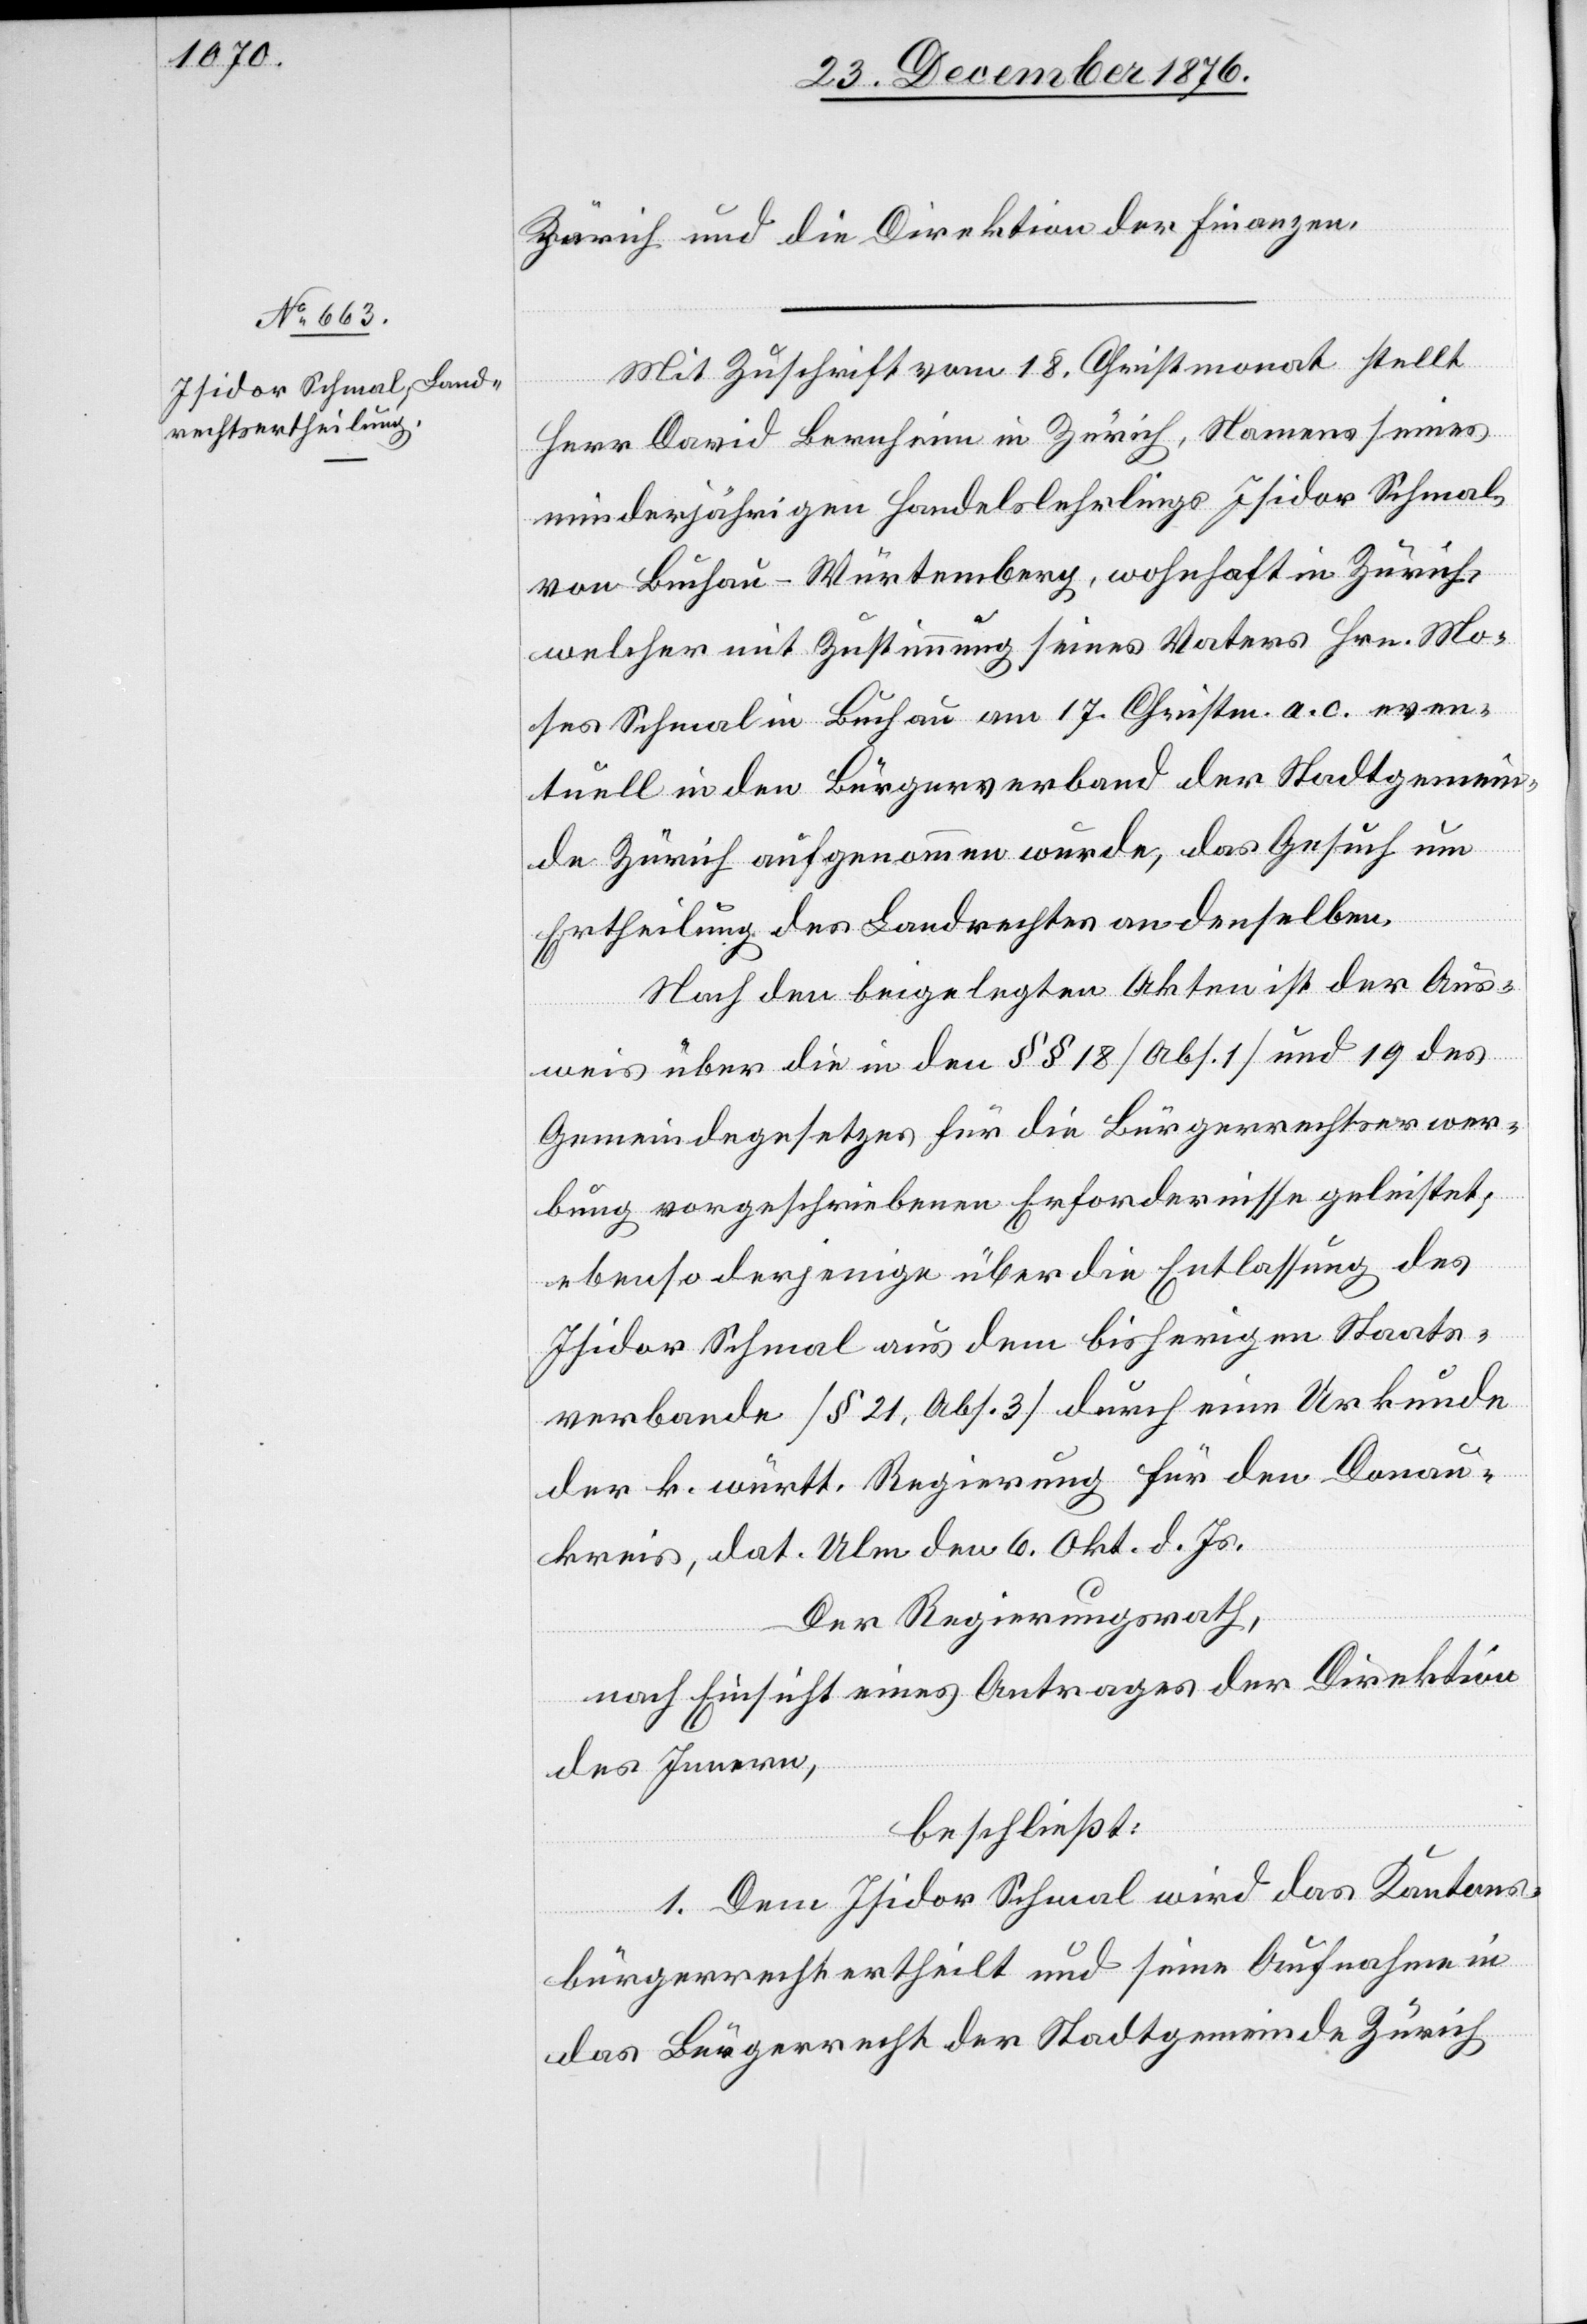
Zürich und die Direktion der Finanzen.
Mit Zuschrift vom 18. Christmonat stellt
Herr David Bernheim in Zürich, Namens seines
minderjährigen Handelslehrlings Isidor Schmal,
von Buchau - Württemberg, wohnhaft in Zürich,
welcher mit Zustimmung seines Vaters Hrn. Mo¬
ser Schmal in Buchau am 17. Christm. a. c. even¬
tuell in den Bürgerverband der Stadtgemein¬
de Zürich aufgenommen wurde, das Gesuch um
Ertheilung des Landrechtes an denselben,
Nach den beigelegten Akten ist der Aus¬
weis über die in den §§ 18 [Abs. 1] und 19 des
Gemeindegesetzes für die Bürgerrechtserwer¬
bung vorgeschriebenen Erfordernisse geleistet;
ebenso derjenige über die Entlassung des
Isidor Schmal aus dem bisherigen Staats¬
verbande [§ 21, Abs. 3] durch eine Urkunde
der k. württ. Regierung für den Donau¬
kreis, dat. Ulm den 6. Okt. d. Js.
Der Regierungsrath,
nach Einsicht eines Antrages der Direktion
des Innern,
beschließt:
1. Dem Isidor Schmal wird das Kantons¬
bürgerrecht ertheilt und seine Aufnahme in
das Bürgerrecht der Stadtgemeinde Zürich